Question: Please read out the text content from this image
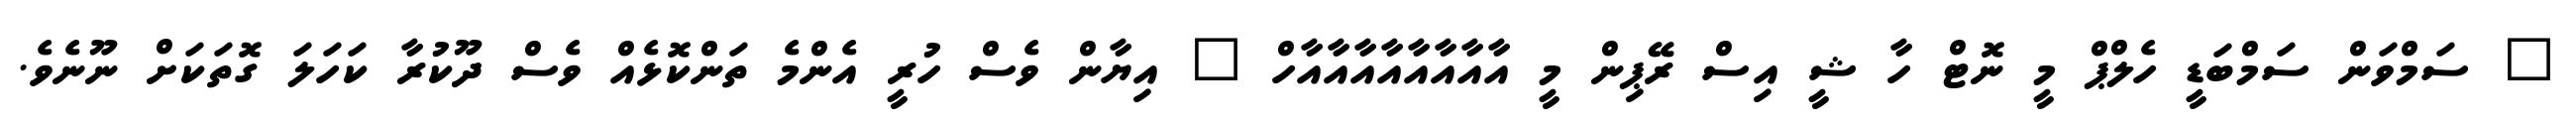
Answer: " ސަމްވަން ސަމްބަޑީ ހެލްޕް މީ ނޮޓް ހާ ޝީ އިސް ރޭޕިން މީ އާއާއާއާއާއާއާއާހް " އިޔާން ވެސް ހުރީ އެންމެ ތަންކޮޅެއް ވެސް ދޫކުރާ ކަހަލަ ގޮތަކަށް ނޫނެވެ.